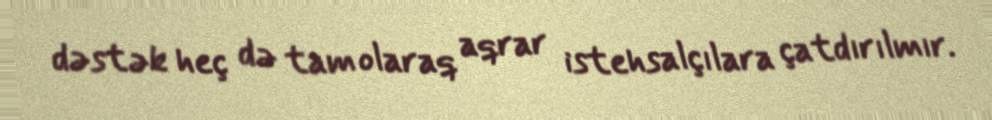
dəstək heç də tam olaraq aqrar istehsalçılara çatdırılmır.